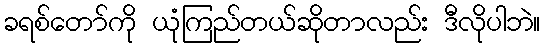
ခရစ်တော်ကို ယုံကြည်တယ်ဆိုတာလည်း ဒီလိုပါဘဲ။